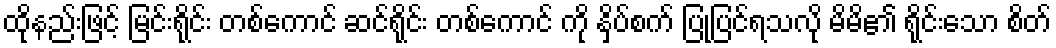
ထိုနည်းဖြင့် မြင်းရိုင်း တစ်ကောင် ဆင်ရိုင်း တစ်ကောင် ကို နှိပ်စက် ပြုပြင်ရသလို မိမိ၏ ရိုင်းသော စိတ်